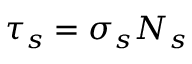
\tau _ { s } = \sigma _ { s } N _ { s }